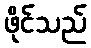
ဖိုင်သည်